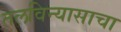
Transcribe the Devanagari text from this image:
तलविन्यासाचा